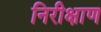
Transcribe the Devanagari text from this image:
निरीक्षाण